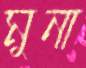
মুনা